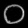
Digit: ၀